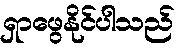
ရှာဖွေနိုင်ပါသည်